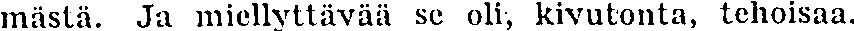
mästä. Ja miellyttävää se oli, kivutonta, tehoisaa.